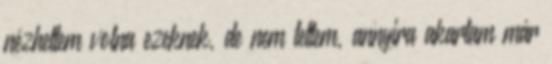
nézhettem volna ezeknek, de nem tettem, annyira akartam már